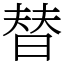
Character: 替